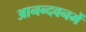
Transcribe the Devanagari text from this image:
आनन्दवनमें